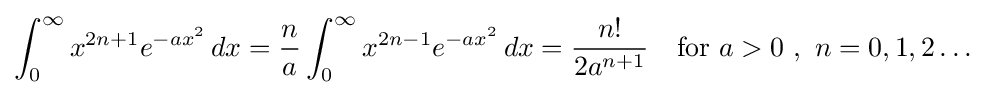
\int _{0}^{\infty }x^{2n+1}e^{-ax^{2}}\,dx={\frac {n}{a}}\int _{0}^{\infty }x^{2n-1}e^{-ax^{2}}\,dx={\frac {n!}{2a^{n+1}}}\quad {\text{for }}a>0\ ,\ n=0,1,2\ldots